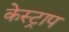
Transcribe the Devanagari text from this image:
केस्ट्राप